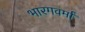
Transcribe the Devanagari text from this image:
भारगवर्मा